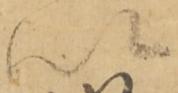
以